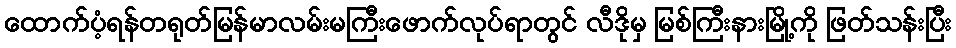
ထောက်ပံ့ရန်တရုတ်မြန်မာလမ်းမကြီးဖောက်လုပ်ရာတွင် လီဒိုမှ မြစ်ကြီးနားမြို့ကို ဖြတ်သန်းပြီး